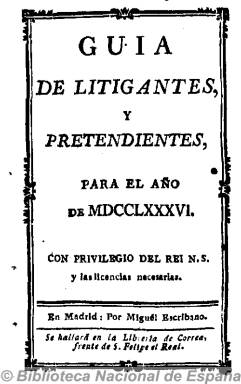
Título: Guía de litigantes y pretendientes
Colección: Guías y directorios
Ámbito geográfico: Madrid
Lugar de publicación: Madrid
Fechas: 01/01/1786-31/12/1842

Con periodicidad anual estuvo publicándose desde 1786 a 1842 esta especie de vademécum jurídico-administrativo español. Se inicia su edición con privilegio real por Miguel Escribano, y aunque en su portada expresa: “Noticia de las Casas de los excelentísimos señores grandes de España, duques y marqueses que residen en esta Corte”, se trata de un directorio que no sólo ofrece la nómina de quienes ostentaban en cada momento los títulos nobiliarios y la indicación de su residencia en Madrid, sino las de quienes se distinguían con los altos cargos y los diferentes empleos públicos en las secretarias de la Cámara del Supremo Consejo, sus relatores, escribanías, agentes fiscales, las oficinas subalternas, los escribanos reales, abogados de los reales consejos, los secretarios, procuradores, miembros del Consejo de la Mesta, los ministros subalternos de la Suprema y General Inquisición y del Real Consejo de Ordenes, los agentes de Indias, los que integraban los tribunales eclesiásticos, los administradores generales de las rentas reales y de aduanas del reino, etc.

Asimismo ofrece listados de agentes de negocios, de las casas donde se giran letras de cambio, la nómina de los médicos residentes en la corte, y más tarde serán incluidos listados de profesores de medicina y cirugía, de los miembros de la Universidad de Madrid, los de las reales academias y otras instituciones, de los funcionarios de las secretarías de Estado y, por último, la división territorial de la ciudad de Madrid y los nombres de quienes integraban su Ayuntamiento y Diputación Provincial.

Durante el siglo diecinueve su redactor será Manuel Nifo, quien señala que había heredado de su padre la edición de esta guía de la que dice había sido su fundador, e incluirá también un directorio de quienes integraban los tribunales, juzgados, oficinas y otras dependencias establecidas en la corte, con indicación de las calles y sitios donde se ubicaban, y que complementa otros anuarios publicados bajo los títulos de Kalendario manual y guía de forasteros de Madrid y Estado militar de España, y que suponen una documentación básica de la estructura organizativa estatal de la Monarquía española y, más tarde, del nuevo Estado liberal.